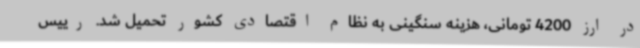
در ارز 4200 تومانی، هزینه سنگینی به نظام اقتصادی کشور تحمیل شد. رییس